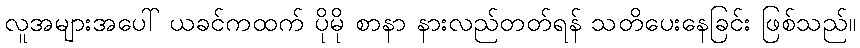
လူအများအပေါ် ယခင်ကထက် ပိုမို စာနာ နားလည်တတ်ရန် သတိပေးနေခြင်း ဖြစ်သည်။